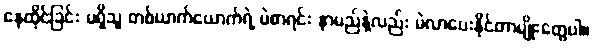
နေထိုင်ခြင်း မရှိသူ တစ်ယာက်ယောက်ရဲ့ မဲစာရင်း နာမည်နဲ့လည်း မဲလာပေးနိုင်တာမျိုးတွေပါ။